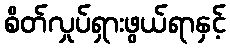
စိတ်လှုပ်ရှားဖွယ်ရာနှင့်